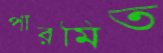
পারমিত